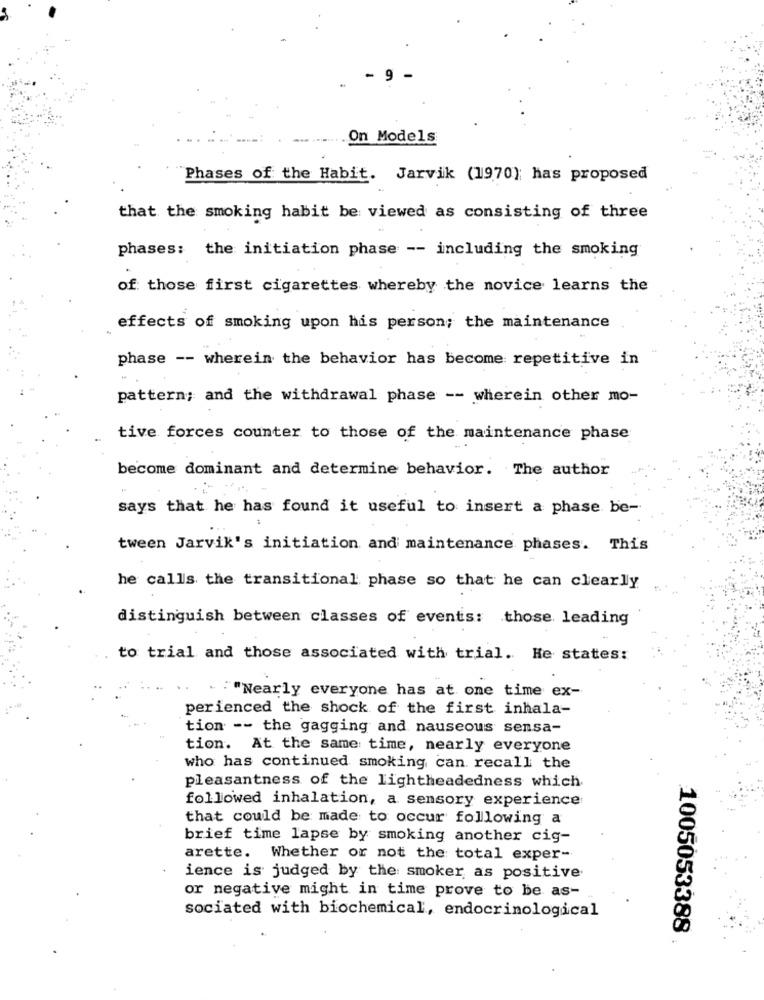
On Models
Phases of the Habit. Jarvik (1970); has proposed
that the smoking habit be viewed as consisting of three
phases: the initiation phase -- including the smoking
of those first cigarettes whereby the novice learns the
effects of smoking upon his person; the maintenance
phase -- wherein the behavior has become repetitive in
pattern; and the withdrawal phase -- wherein other mo-
tive forces counter to those of the maintenance phase
become dominant and determine behavior. The author
says that he has found it useful to insert a phase be-
tween Jarvik's initiation and maintenance phases. This
he calls the transitional phase so that he can clearly
distinguish between classes of events: those leading
to trial and those associated with trial. He states:
. " "Nearly everyone has at one time ex-
perienced the shock of the first inhala-
tion -- the gagging and nauseous sensa-
tion. At the same time, nearly everyone
who has continued smoking can recall the
pleasantness of the lightheadedness which
followed inhalation, a sensory experience
that could be made to occur following a
brief time lapse by smoking another cig-
arette. Whether or not the total exper-
ience is judged by the smoker as positive
or negative might in time prove to be as-
sociated with biochemical, endocrinological
1005053388